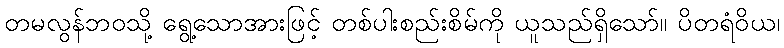
တမလွန်ဘဝသို့ ရွေ့သောအားဖြင့် တစ်ပါးစည်းစိမ်ကို ယူသည်ရှိသော်။ ပိတရံဝိယ၊